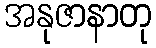
အနုဇာနာတု